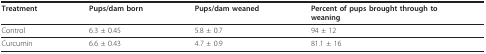
<table><thead><tr><td><b>Treatment</b></td><td><b>Pups/dam born</b></td><td><b>Pups/dam weaned</b></td><td><b>Percent of pups brought through toweaning</b></td></tr></thead><tbody><tr><td>Control</td><td>6.3 ± 0.45</td><td>5.8 ± 0.7</td><td>94 ± 12</td></tr><tr><td>Curcumin</td><td>6.6 ± 0.43</td><td>4.7 ± 0.9</td><td>81.1 ± 16</td></tr></tbody></table>